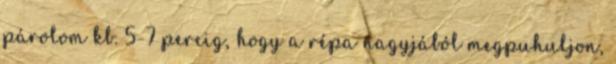
párolom kb. 5-7 percig, hogy a répa nagyjából megpuhuljon,